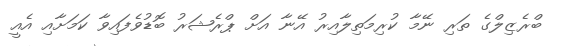
ބްރެޒިލްގެ ތަރި ނޭމާ ކުރިމަތިލާއިރު އޭނާ އަށް ޕްރެޝަރު ބޮޑުވެފައިވާ ކަމަށާއި އެއީ